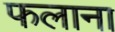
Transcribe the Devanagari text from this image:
फलाना